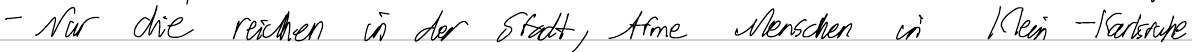
- Nur die reichen in der Stadt, Arme Menschen in Klein-Karlsruhe